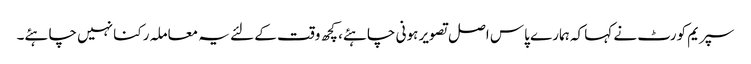
سپریم کورٹ نے کہا کہ ہمارے پاس اصل تصویر ہونی چاہئے، کچھ وقت کے لئے یہ معاملہ رکنا نہیں چاہئے۔